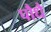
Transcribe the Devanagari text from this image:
पौधै